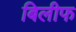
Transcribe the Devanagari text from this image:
बिलीफ